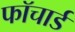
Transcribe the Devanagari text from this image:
फॉचार्ड